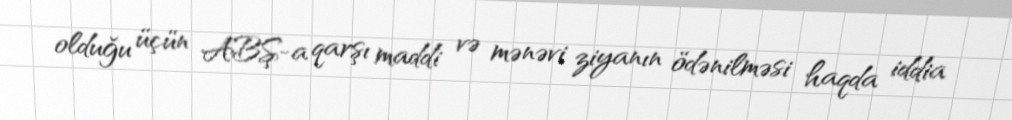
olduğu üçün ABŞ-a qarşı maddi və mənəvi ziyanın ödənilməsi haqda iddia